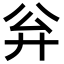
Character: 𪪳